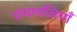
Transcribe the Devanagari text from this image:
ग्रंथावलियाँ